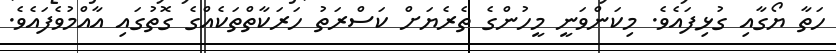
ހަތާ ޔޯގާއި ގުޅިފައެވެ. މިކަންވަނީ މީހުންގެ ތެރެޔަށް ކަސްރަތު ހަރަކާތްތަކެއްގެ ގޮތުގައި އާއްމުވެފައެވެ.